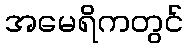
အမေရိကတွင်